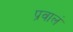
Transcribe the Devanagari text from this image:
प्रवालं